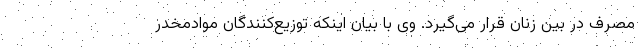
مصرف در بین زنان قرار می‌گیرد. وی با بیان اینکه توزیع‌کنندگان موادمخدر